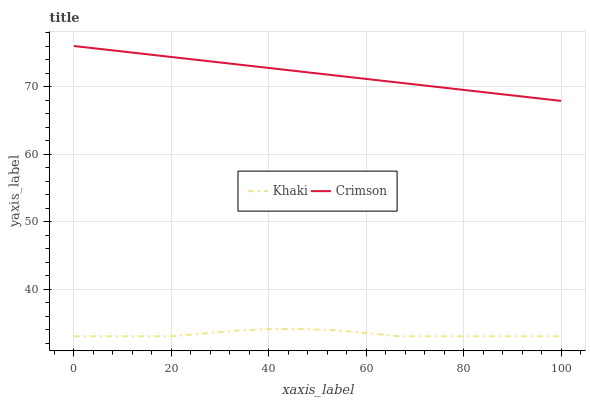
| xaxis_label | Khaki | Crimson |
 | --- | --- | --- |
 | 0 | 33 | 76 |
 | 6.67 | 33 | 75.5 |
 | 13.3 | 33 | 74.9 |
 | 20 | 33 | 74.4 |
 | 26.7 | 33.4 | 73.8 |
 | 33.3 | 33.8 | 73.3 |
 | 40 | 34.1 | 72.7 |
 | 46.7 | 34.1 | 72.2 |
 | 53.3 | 33.9 | 71.7 |
 | 60 | 33.5 | 71.1 |
 | 66.7 | 33 | 70.6 |
 | 73.3 | 33 | 70 |
 | 80 | 33 | 69.5 |
 | 86.7 | 33 | 69 |
 | 93.3 | 33 | 68.4 |
 | 100 | 33 | 67.9 |